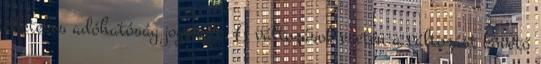
illetékes adóhatóság jogosult. A változások esetén a változást követő